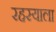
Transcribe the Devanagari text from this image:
रहस्याला